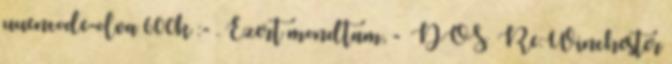
uuencode-olva 600k :- . Ezert mondtam, - DOS Re:Winchester